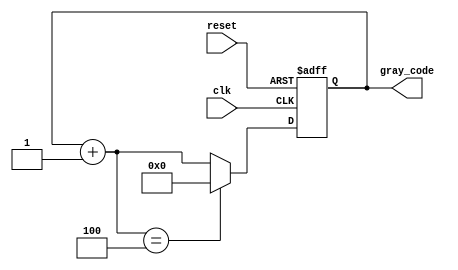
module gray_code_counter (
    input wire clk,
    input wire reset,
    output reg [3:0] gray_code
);

reg [3:0] next_gray_code;

always @(posedge clk or posedge reset)
begin
    if (reset)
        gray_code <= 4'b0000;
    else
        gray_code <= next_gray_code;
end

always @(*)
begin
    next_gray_code = gray_code + 1;
    
    if (next_gray_code == 4'b0100)
        next_gray_code = 4'b0000;
end

endmodule